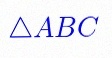
\triangle ABC